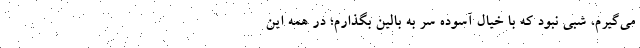
می‌گیرم، شبی نبود که با خیال آسوده سر به بالین بگذارم؛ در همه این